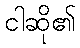
ငါဆို၏